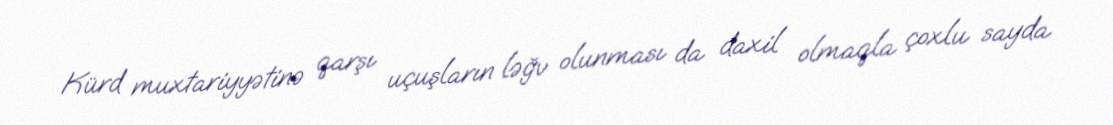
Kürd muxtariyyətinə qarşı uçuşların ləğv olunması da daxil olmaqla çoxlu sayda